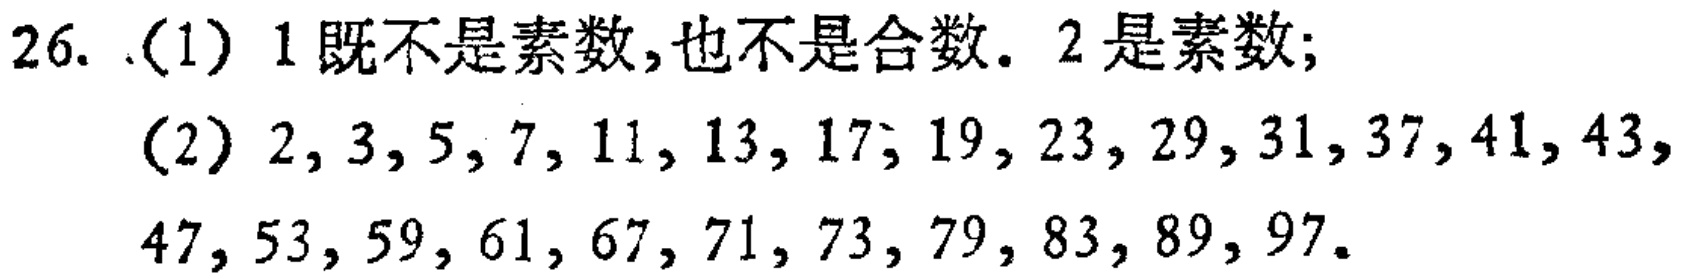
26. (1) 1既不是素数,也不是合数. 2是素数;

(2) \(2,3,5,7,11,13,17,19,23,29,31,37,41,43,\)

\(47,53,59,61,67,71,73,79,83,89,97\).